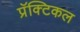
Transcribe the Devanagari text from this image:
प्रॅक्टिकल